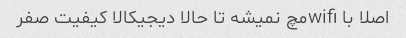
اصلا با wifiمچ نمیشه تا حالا دیجیکالا کیفیت صفر